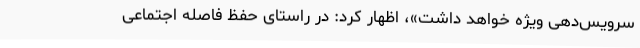
سرویس‌دهی ویژه خواهد داشت»، اظهار کرد: در راستای حفظ فاصله اجتماعی